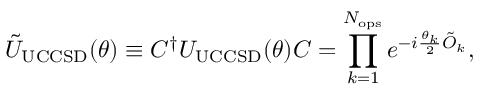
\tilde { U } _ { \mathrm { U C C S D } } ( \boldsymbol { \theta } ) \equiv C ^ { \dagger } U _ { \mathrm { U C C S D } } ( \boldsymbol { \theta } ) C = \prod _ { k = 1 } ^ { N _ { \mathrm { o p s } } } e ^ { - i \frac { \theta _ { k } } { 2 } \tilde { O } _ { k } } ,